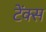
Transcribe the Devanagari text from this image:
टेंक्स